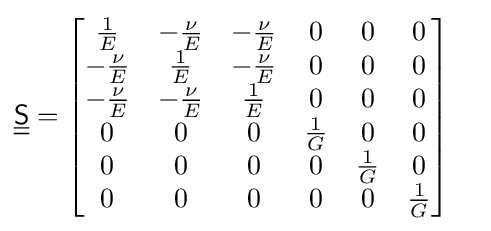
{\underline {\underline {\mathsf {S}}}}={\begin{bmatrix}{\tfrac {1}{E}}&-{\tfrac {\nu }{E}}&-{\tfrac {\nu }{E}}&0&0&0\\-{\tfrac {\nu }{E}}&{\tfrac {1}{E}}&-{\tfrac {\nu }{E}}&0&0&0\\-{\tfrac {\nu }{E}}&-{\tfrac {\nu }{E}}&{\tfrac {1}{E}}&0&0&0\\0&0&0&{\tfrac {1}{G}}&0&0\\0&0&0&0&{\tfrac {1}{G}}&0\\0&0&0&0&0&{\tfrac {1}{G}}\\\end{bmatrix}}\quad